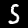
Label: 5